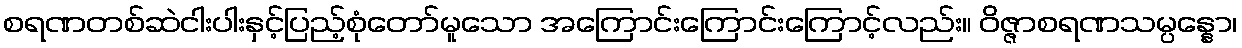
စရဏတစ်ဆဲငါးပါးနှင့်ပြည့်စုံတော်မူသော အကြောင်းကြောင်းကြောင့်လည်း။ ဝိဇ္ဇာစရဏသမ္ပန္နော၊